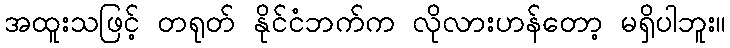
အထူးသဖြင့် တရုတ် နိုင်ငံဘက်က လိုလားဟန်တော့ မရှိပါဘူး။